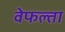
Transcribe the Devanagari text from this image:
वेफल्ता